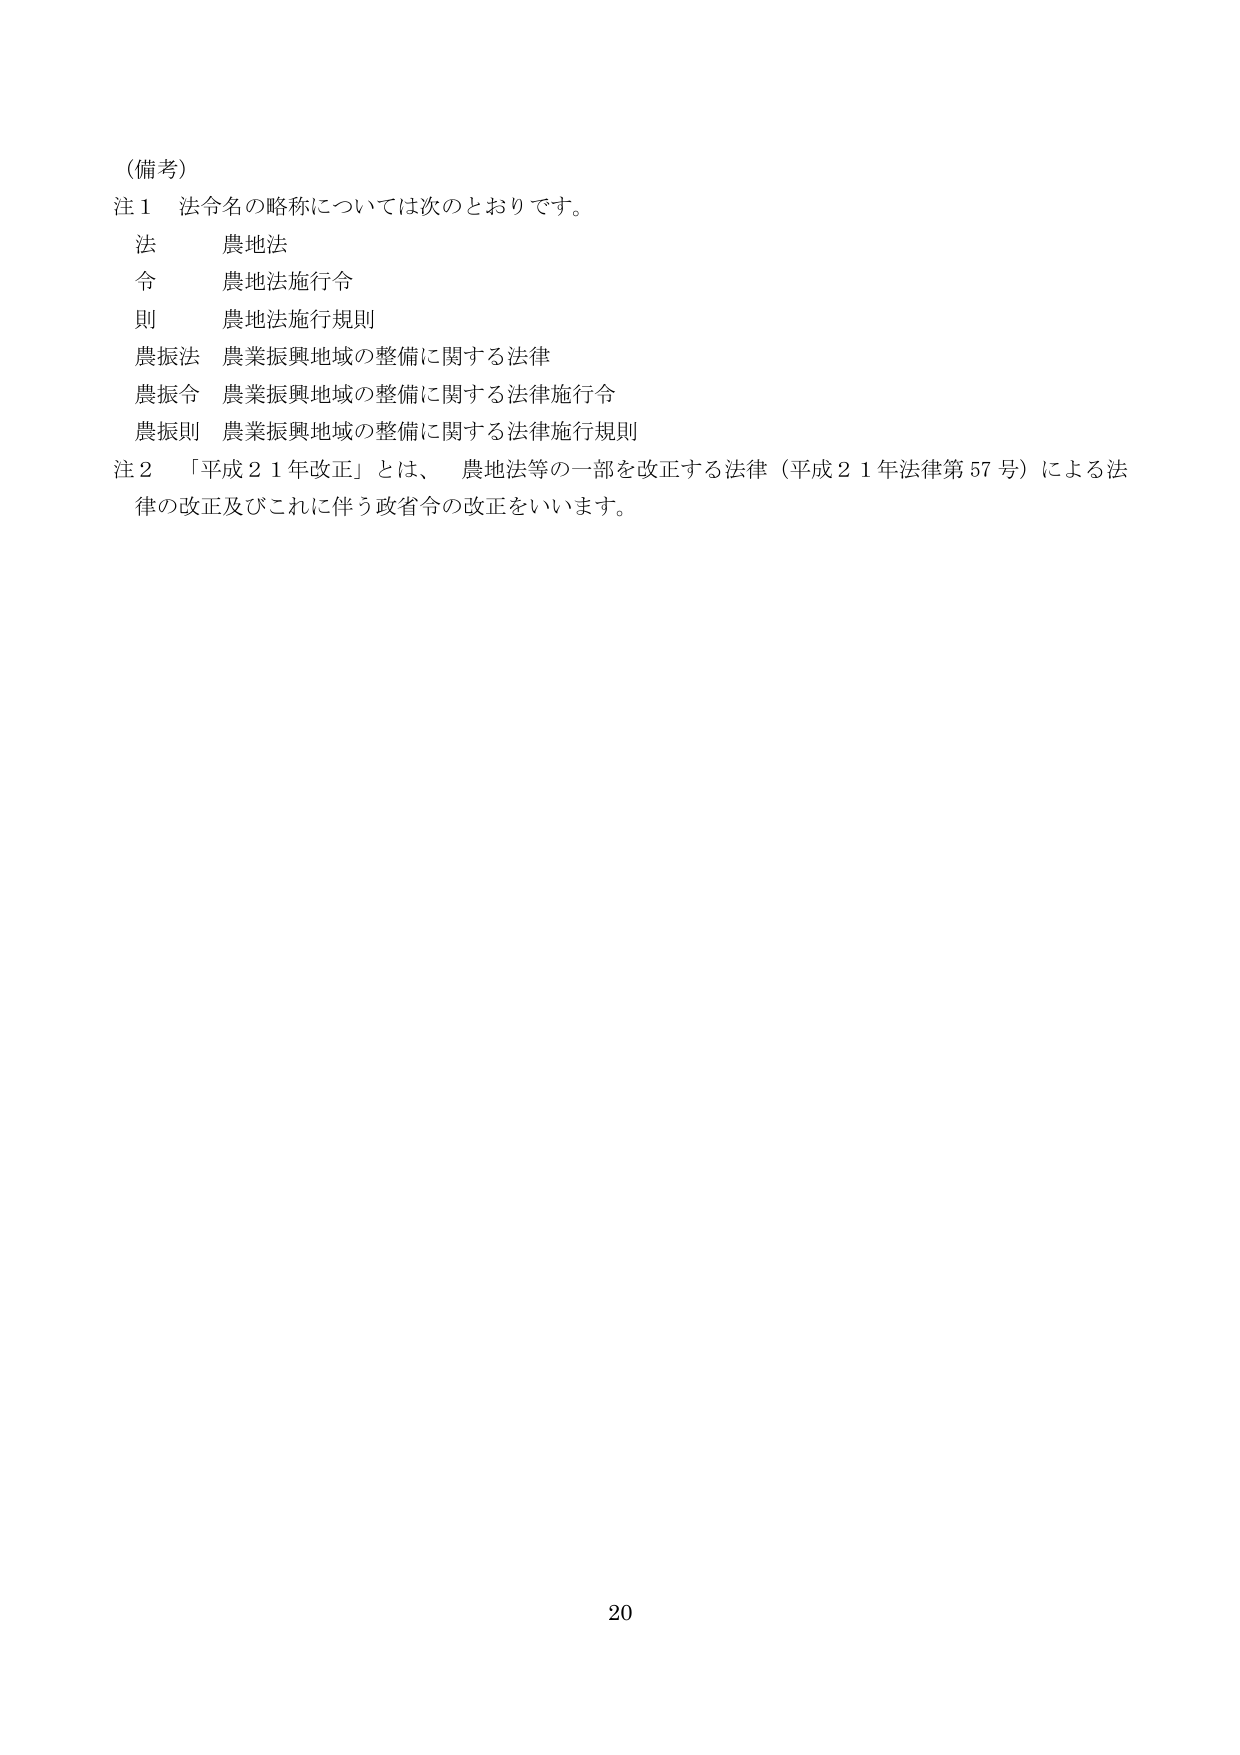
（備考）
注１ 法令名の略称については次のとおりです。
　法　　農地法
　令　　農地法施行令
　則　　農地法施行規則
　農振法　農業振興地域の整備に関する法律
　農振令　農業振興地域の整備に関する法律施行令
　農振則　農業振興地域の整備に関する法律施行規則
注２ 「平成２１年改正」とは、農地法等の一部を改正する法律（平成２１年法律第５７号）による法律の改正及びこれに伴う政省令の改正をいいます。
20